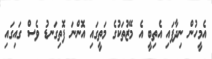
އެމީހުން ނިދާފައި އެތިބީ އެ މޭޒުތަކުގެ މަތީގައި އޮންނަ ފޮތިގަނޑު ވެސް ގައިގައި